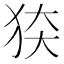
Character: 𰡍